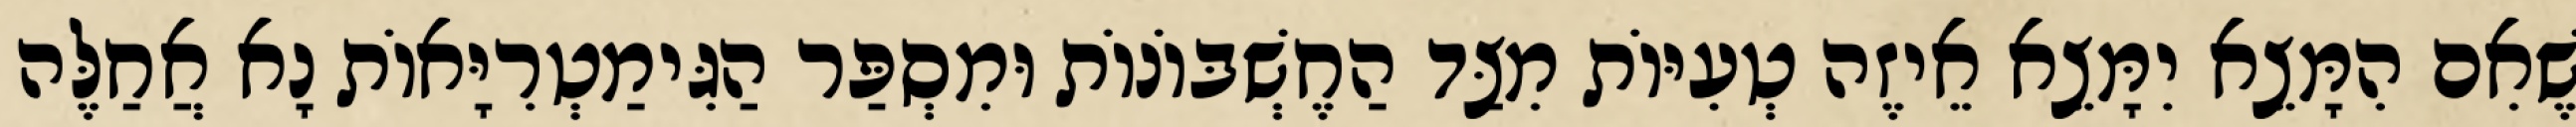
שֶׁאִם הִמָּצֵא יִמָּצֵא אֵיזֶה טְעִיּוֹת מִצַּד הַחֶשְׁבּוֹנוֹת וּמִסְפַּר הַגִּימַטְרִיָּאוֹת נָא אֲחַלֶּה